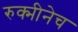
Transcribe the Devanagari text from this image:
रुक्मीनेच